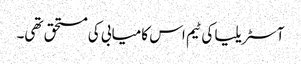
آسٹریلیا کی ٹیم اس کامیابی کی مستحق تھی۔